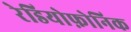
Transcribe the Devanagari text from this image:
रेडियोफ़ोनिक